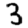
Digit: 3